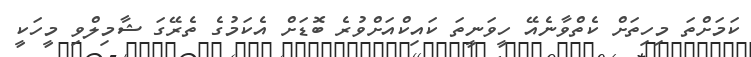
ކަމަށްތަ މިހިތަށް ކެތްވާނެއޭ ހީވަނީތަ ކައިކްއަށްވުރެ ބޮޑަށް އެކަމުގެ ތެރޭގަ ޝާމިލްވި މީހަކީ